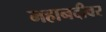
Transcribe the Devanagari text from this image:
महानदीवर